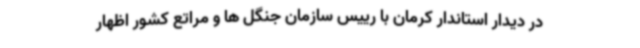
در دیدار استاندار کرمان با رییس سازمان جنگل ها و مراتع کشور اظهار